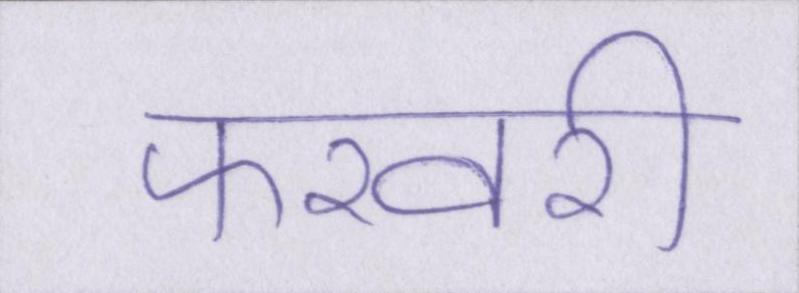
फरवरी